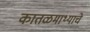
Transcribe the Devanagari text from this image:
कातळमाथ्याचे